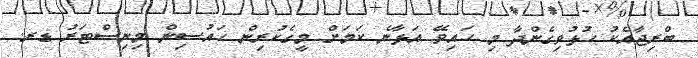
ބްރިޖާއެކު ހުޅުވިގެންދާ މި ހައިވޭ އަޅާނެ ކަމަށް މީގެކުރިން ހައުސިން މިނިސްޓަރު ޑރ.